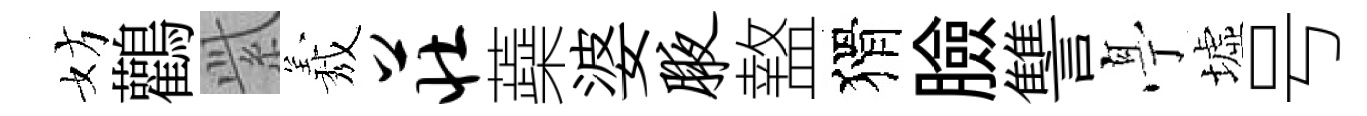
妨鸛𬗋𦏁庄蘃婆腋盩猾臉讐𠅘墟号